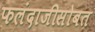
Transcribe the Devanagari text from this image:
फलंदाजीसोबत